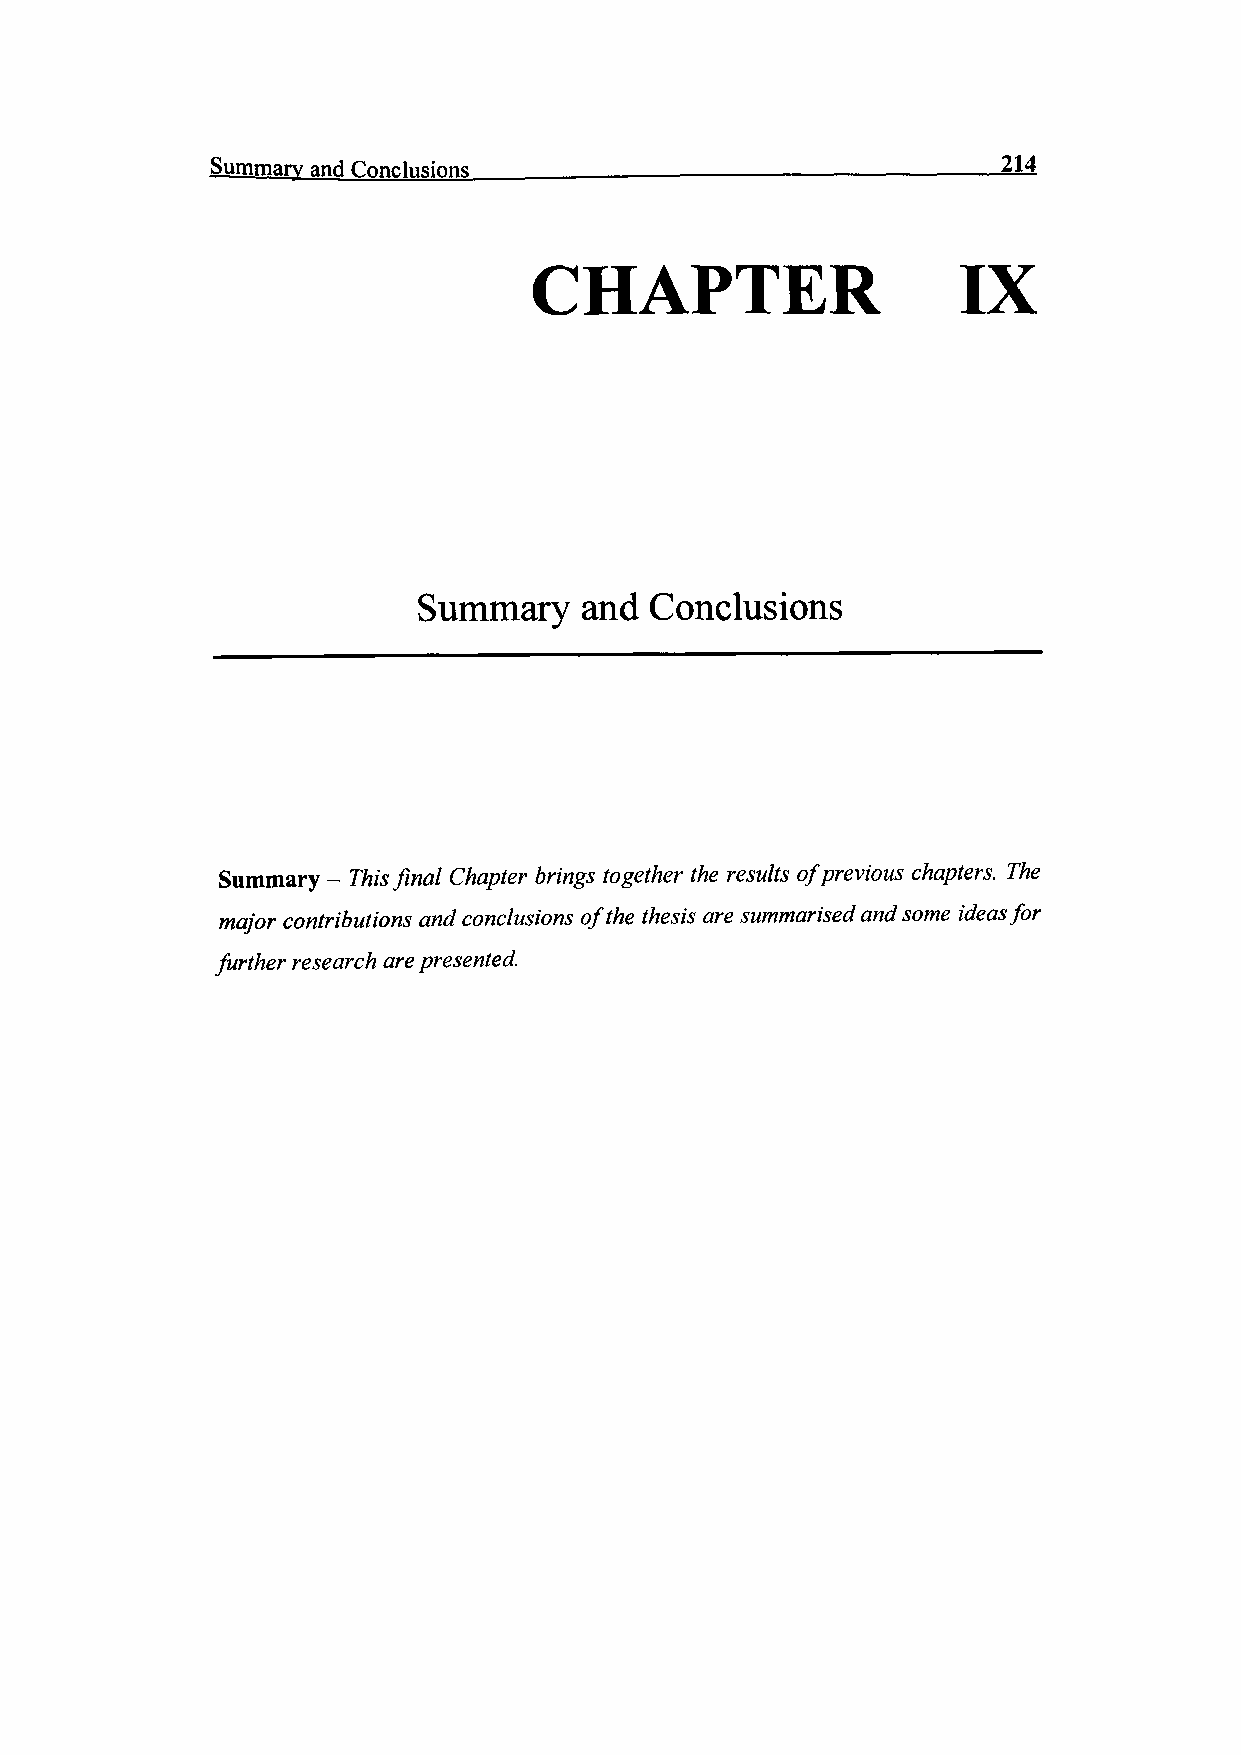
Summary and
 Conclusions_______________________________214
 CHAPTER                      IX
 Summary   and  Conclusions
 Summary - This final Chapter brings together the results ofp revious chapters. The
 major contributions and conclusions of the thesis are summarised and some ideas for
 further research are presented.